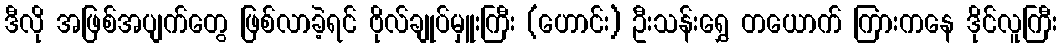
ဒီလို အဖြစ်အပျက်တွေ ဖြစ်လာခဲ့ရင် ဗိုလ်ချုပ်မှူးကြီး (ဟောင်း) ဦးသန်းရွှေ တယောက် ကြားကနေ ဒိုင်လူကြီး